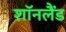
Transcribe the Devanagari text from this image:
शॉनलैंड